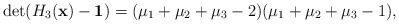
\begin{align*} \det(H_3(\mathbf{x}) - \mathbf{1}) = (\mu_1 + \mu_2 + \mu_3 - 2) (\mu_1 + \mu_2 + \mu_3 - 1),\end{align*}